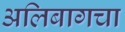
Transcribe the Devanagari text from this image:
अलिबागचा